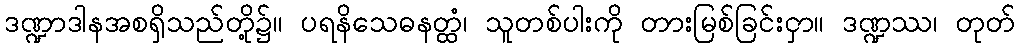
ဒဏ္ဍာဒါနအစရှိသည်တို့၌။ ပရနိသေဓနတ္ထံ၊ သူတစ်ပါးကို တားမြစ်ခြင်းငှာ။ ဒဏ္ဍဿ၊ တုတ်